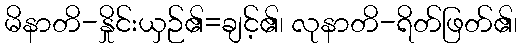
မိနာတိ-နှိုင်းယှဉ်၏=ချင့်၏၊ လုနာတိ-ရိတ်ဖြတ်၏၊